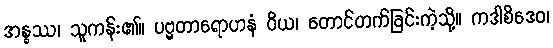
အန္ဓဿ၊ သူကန်း၏။ ပဗ္ဗတာရောဟနံ ဝိယ၊ တောင်တက်ခြင်းကဲ့သို့။ ကဒါစိဒေဝ၊